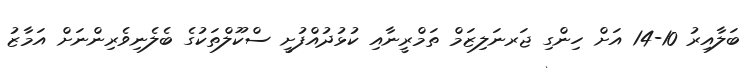
ބަލާއިރު 10-14 އަށް ހިންގި ޖަރނަލިޒަމް ތަމްރީނާއި ކުޅުދުއްފުށީ ސްކޫލްތަކުގެ ބެލެނިވެރިންނަށް އަމާޒު